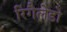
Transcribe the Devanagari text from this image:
रिगैलेडो